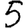
Digit: 5